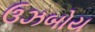
ઉઝબોય